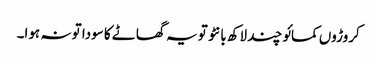
کروڑوں کمائو چند لاکھ بانٹو تو یہ گھاٹے کا سودا تو نہ ہوا۔